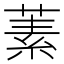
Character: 𬝚